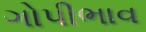
ગોપીભાવ